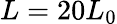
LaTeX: L=20L_{0}